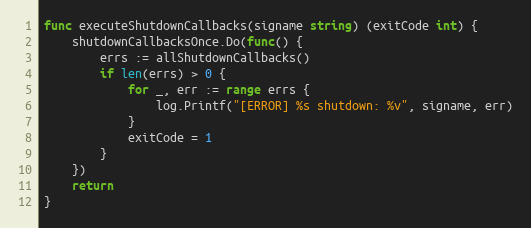
Language: Go
func executeShutdownCallbacks(signame string) (exitCode int) {
	shutdownCallbacksOnce.Do(func() {
		errs := allShutdownCallbacks()
		if len(errs) > 0 {
			for _, err := range errs {
				log.Printf("[ERROR] %s shutdown: %v", signame, err)
			}
			exitCode = 1
		}
	})
	return
}